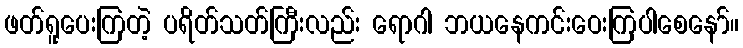
ဖတ်ရူပေးကြတဲ့ ပရိတ်သတ်ကြီးလည်း ရောဂါ ဘယနေကင်းဝေးကြပါစေနော်။